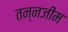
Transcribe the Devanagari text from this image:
तन्नजीम